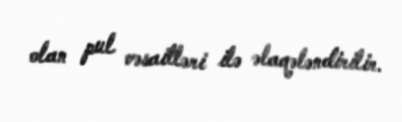
olan pul vəsaitləri ilə əlaqələndirilir.